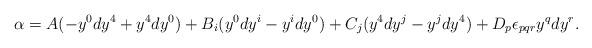
LaTeX: \begin{align*}\alpha=A(-y^0dy^4+y^4dy^0)+B_i(y^0 dy^i-y^idy^0)+C_j(y^4dy^j-y^jdy^4)+D_p \epsilon_{pqr} y^q dy^r.\end{align*}